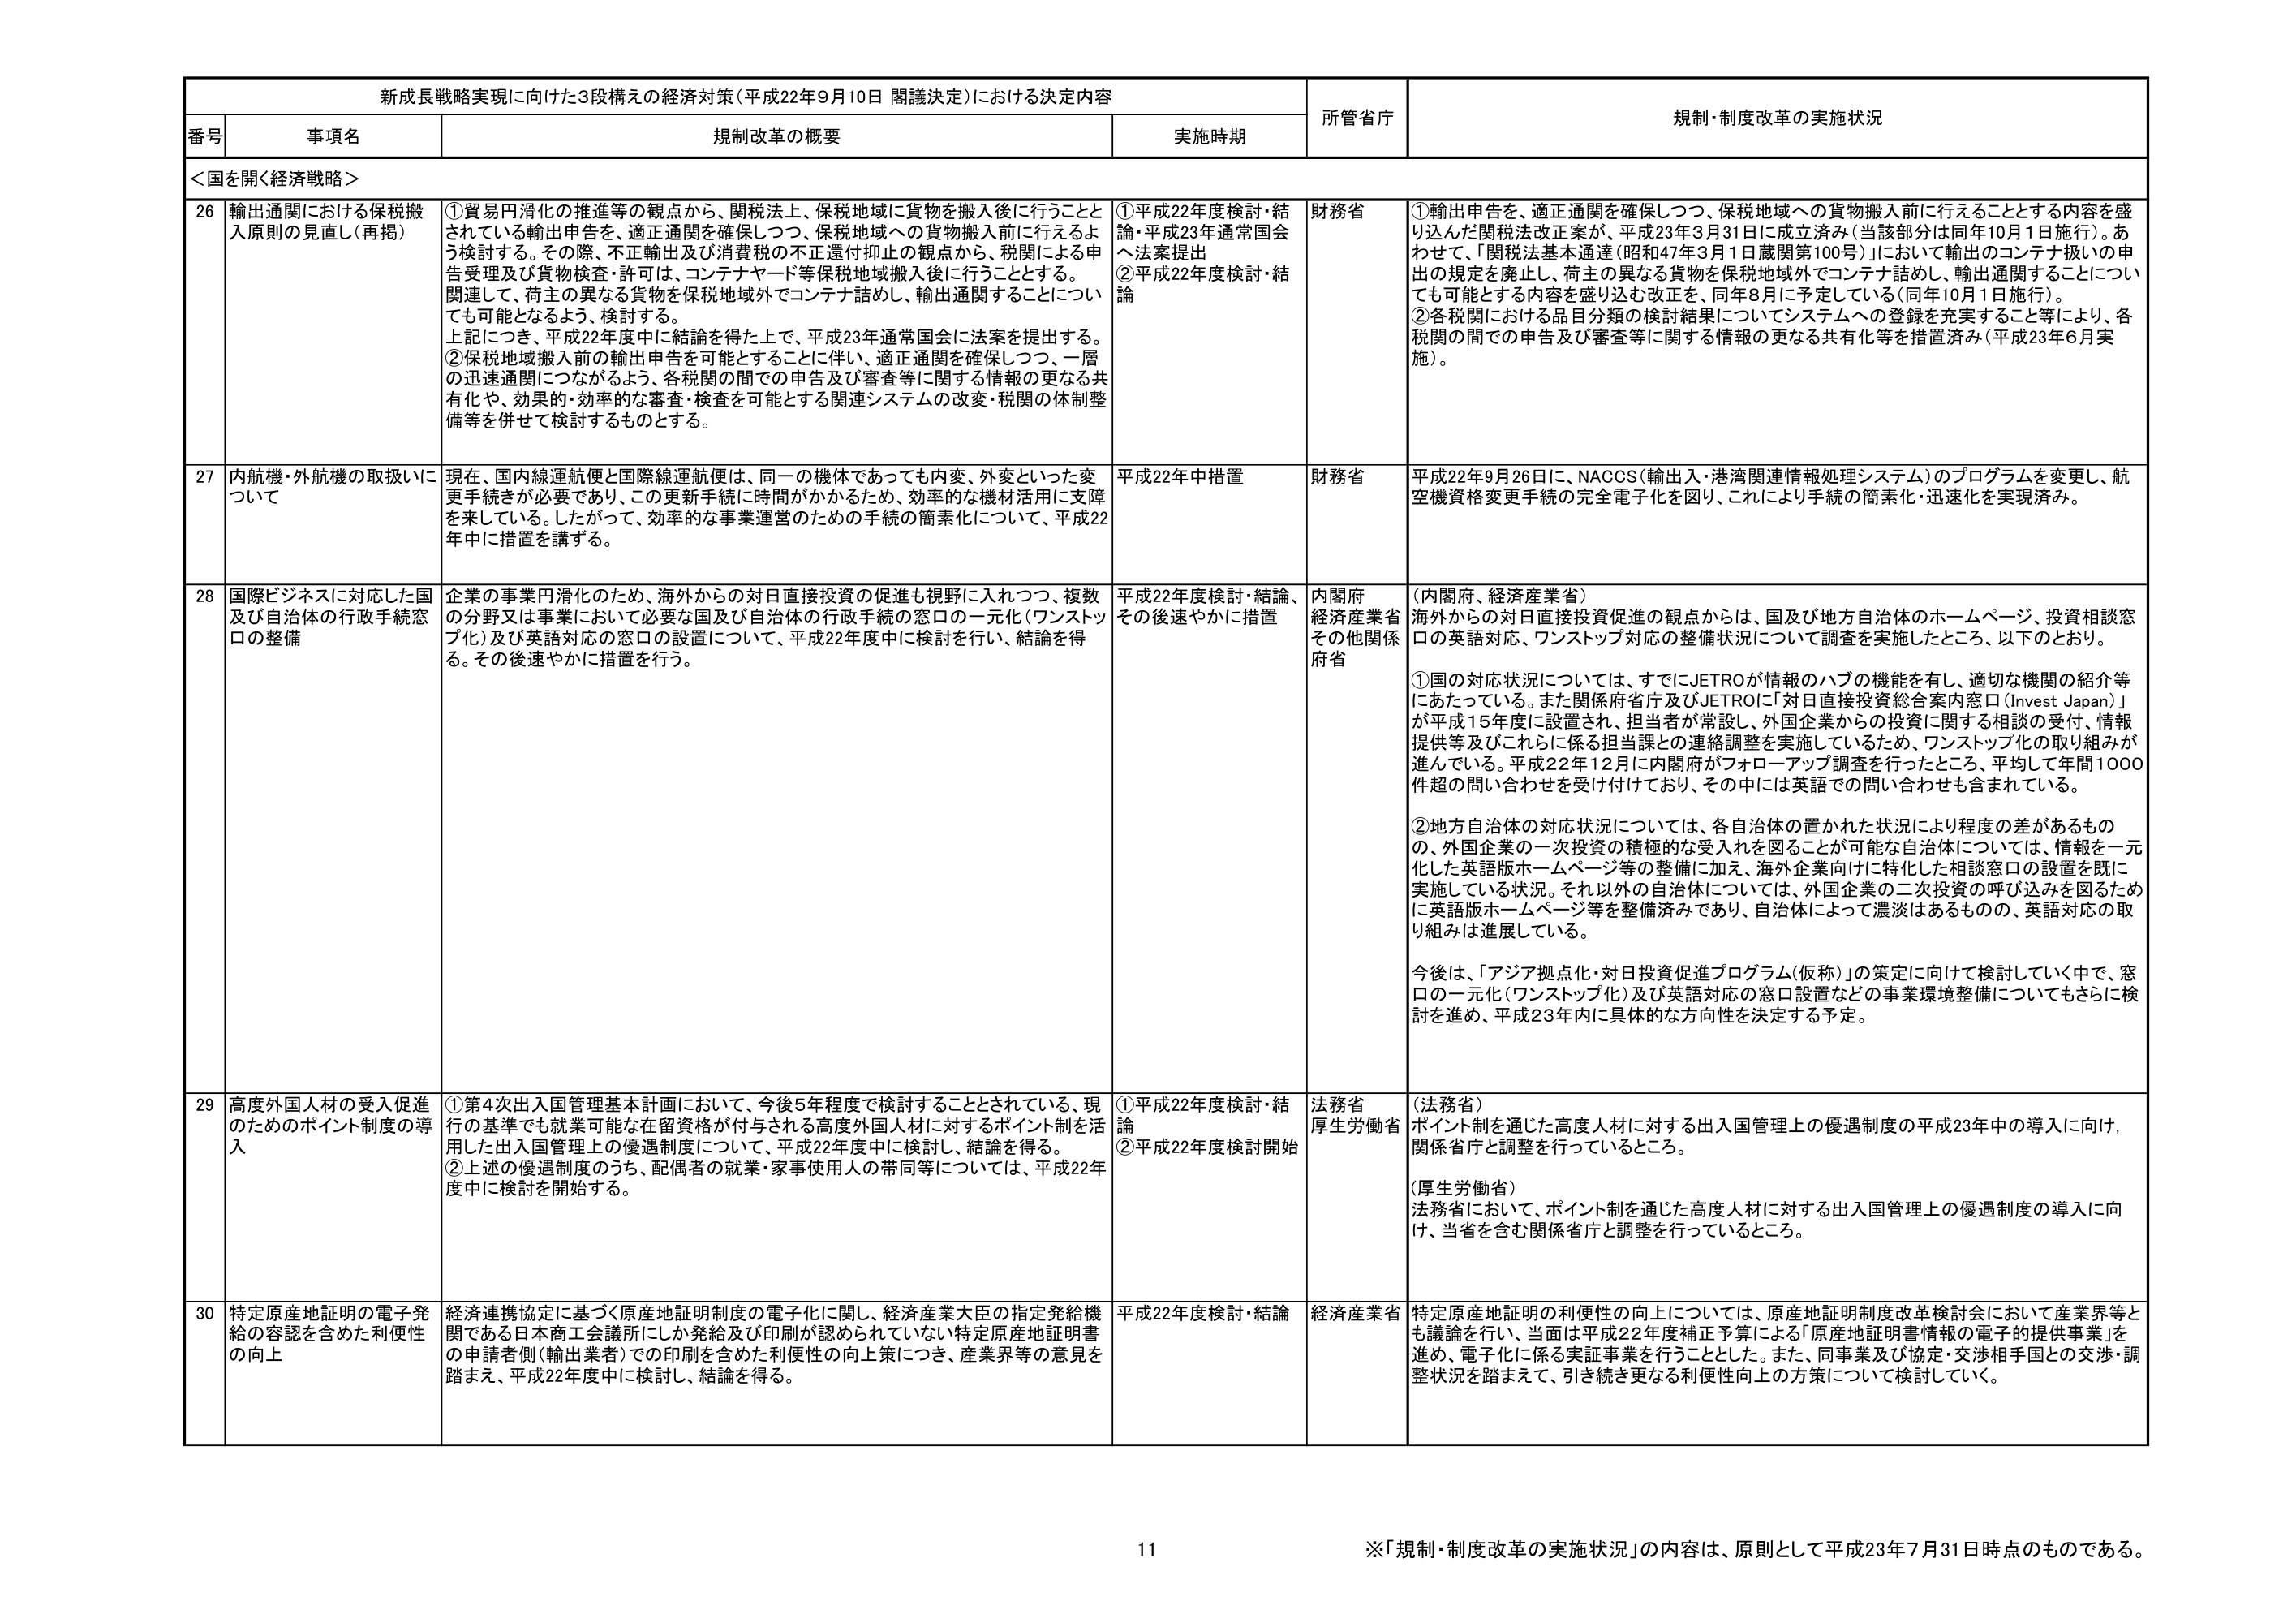
新成長戦略実現に向けた3段構えの経済対策（平成22年9月10日 閣議決定）における決定内容

番号 事項名 規制改革の概要 実施時期 所管省庁 規制・制度改革の実施状況

＜国を開く経済戦略＞

26 輸出通関における保税搬入原則の見直し（再掲） ①貿易円滑化の推進等の観点から、関税法上、保税地域に貨物を搬入後に行うこととされている輸出申告を、適正通関を確保しつつ、保税地域への貨物搬入前に行えるよう検討する。その際、不正輸出及び消費税の不正還付抑止の観点から、税関による申告受理及び貨物検査・許可は、コンテナヤード等保税地域搬入後に行うこととする。関連して、荷主の異なる貨物を保税地域外でコンテナ詰めし、輸出通関することについても可能となるよう、検討する。上記につき、平成22年度中に結論を得た上で、平成23年通常国会に法案を提出する。②保税地域搬入前の輸出申告を可能とすることに伴い、適正通関を確保しつつ、一層の迅速通関につながるよう、各税関の間での申告及び審査等に関する情報の更なる共有化や、効果的・効率的な審査・検査を可能とする関連システムの改変・税関の体制整備等を併せて検討するものとする。 ①平成22年度検討・結論・平成23年通常国会へ法案提出②平成22年度検討・結論 財務省 ①輸出申告を、適正通関を確保しつつ、保税地域への貨物搬入前に行えることとする内容を盛り込んだ関税法改正案が、平成23年3月31日に成立済み（当該部分は同年10月1日施行）。あわせて、「関税法基本通達（昭和47年3月1日蔵関第100号）」において輸出のコンテナ扱いの申出の規定を廃止し、荷主の異なる貨物を保税地域外でコンテナ詰めし、輸出通関することについても可能とする内容を盛り込む改正を、同年8月に予定している（同年10月1日施行）。②各税関における品目分類の検討結果についてシステムへの登録を充実すること等により、各税関の間での申告及び審査等に関する情報の更なる共有化等を措置済み（平成23年6月実施）。

27 内航機・外航機の取扱いについて 現在、国内線運航便と国際線運航便は、同一の機体であっても内変、外変といった変更手続きが必要であり、この更新手続に時間がかかるため、効率的な機材活用に支障を来している。したがって、効率的な事業運営のための手続の簡素化について、平成22年中に措置を講ずる。 平成22年中措置 財務省 平成22年9月26日に、NACCS（輸出入・港湾関連情報処理システム）のプログラムを変更し、航空機資格変更手続の完全電子化を図り、これにより手続の簡素化・迅速化を実現済み。

28 国際ビジネスに対応した国及び自治体の行政手続窓口の整備 企業の事業円滑化のため、海外からの対日直接投資の促進も視野に入れつつ、複数の分野又は事業において必要な国及び自治体の行政手続の窓口の一元化（ワンストップ化）及び英語対応の窓口の設置について、平成22年度中に検討を行い、結論を得る。その後速やかに措置を行う。 平成22年度検討・結論、その後速やかに措置 内閣府 経済産業省 その他関係府省 （内閣府、経済産業省）海外からの対日直接投資促進の観点からは、国及び地方自治体のホームページ、投資相談窓口の英語対応、ワンストップ対応の整備状況について調査を実施したところ、以下のとおり。①国の対応状況については、すでにJETROが情報のハブの機能を有し、適切な機関の紹介等にあたっている。また関係府省庁及びJETROに「対日直接投資総合案内窓口（Invest Japan）」が平成15年度に設置され、担当者が常設し、外国企業からの投資に関する相談の受付、情報提供等及びこれらに係る担当課との連絡調整を実施しているため、ワンストップ化の取り組みが進んでいる。平成22年12月に内閣府がフォローアップ調査を行ったところ、平均して年間1000件超の問い合わせを受け付けており、その中には英語での問い合わせも含まれている。②地方自治体の対応状況については、各自治体の置かれた状況により程度の差があるものの、外国企業の一次投資の積極的な受入れを図ることが可能な自治体については、情報を一元化した英語版ホームページ等の整備に加え、海外企業向けに特化した相談窓口の設置を既に実施している状況。それ以外の自治体については、外国企業の二次投資の呼び込みを図るために英語版ホームページ等を整備済みであり、自治体によって濃淡はあるものの、英語対応の取り組みは進展している。今後は、「アジア拠点化・対日投資促進プログラム（仮称）」の策定に向けて検討していく中で、窓口の一元化（ワンストップ化）及び英語対応の窓口設置などの事業環境整備についてもさらに検討を進め、平成23年内に具体的な方向性を決定する予定。

29 高度外国人材の受入促進のためのポイント制度の導入 ①第4次出入国管理基本計画において、今後5年程度で検討することとされている、現行の基準でも就業可能な在留資格が付与される高度外国人材に対するポイント制を活用した出入国管理上の優遇制度について、平成22年度中に検討し、結論を得る。②上述の優遇制度のうち、配偶者の就業・家事使用人の帯同等については、平成22年度中に検討を開始する。 ①平成22年度検討・結論②平成22年度検討開始 法務省 厚生労働省 （法務省）ポイント制を通じた高度人材に対する出入国管理上の優遇制度の平成23年中の導入に向け、関係省庁と調整を行っているところ。（厚生労働省）法務省において、ポイント制を通じた高度人材に対する出入国管理上の優遇制度の導入に向け、当省を含む関係省庁と調整を行っているところ。

30 特定原産地証明の電子発給の容認を含めた利便性の向上 経済連携協定に基づく原産地証明制度の電子化に関し、経済産業大臣の指定発給機関である日本商工会議所にしか発給及び印刷が認められていない特定原産地証明書の申請者側（輸出業者）での印刷を含めた利便性の向上策につき、産業界等の意見を踏まえ、平成22年度中に検討し、結論を得る。 平成22年度検討・結論 経済産業省 特定原産地証明の利便性の向上については、原産地証明制度改革検討会において産業界等とも議論を行い、当面は平成22年度補正予算による「原産地証明書情報の電子的提供事業」を進め、電子化に係る実証事業を行うこととした。また、同事業及び協定・交渉相手国との交渉・調整状況を踏まえて、引き続き更なる利便性向上の方策について検討していく。

※「規制・制度改革の実施状況」の内容は、原則として平成23年7月31日時点のものである。

11